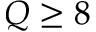
Q \geq 8